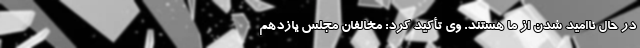
در حال ناامید شدن از ما هستند. وی تأکید کرد: مخالفان مجلس یازدهم